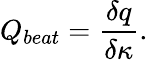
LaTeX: Q_{beat}=\frac{\delta q}{\delta\kappa}.